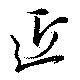
近